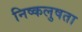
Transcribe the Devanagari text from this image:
निष्कलुषता